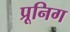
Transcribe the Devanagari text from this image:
प्रूनिग